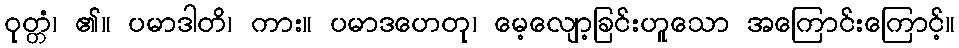
ဝုတ္တံ၊ ၏။ ပမာဒါတိ၊ ကား။ ပမာဒဟေတု၊ မေ့လျော့ခြင်းဟူသော အကြောင်းကြောင့်။